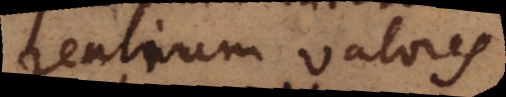
realium valores